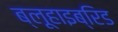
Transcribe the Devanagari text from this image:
ब्लूहाइब्रिड